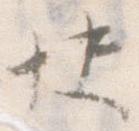
快